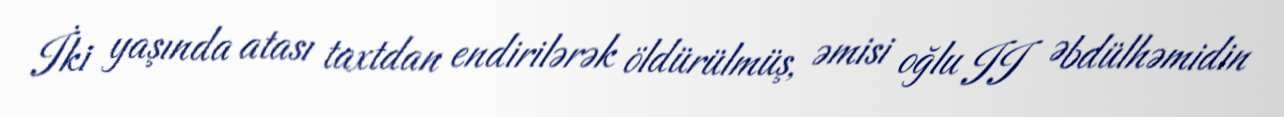
İki yaşında atası taxtdan endirilərək öldürülmüş, əmisi oğlu II Əbdülhəmidin